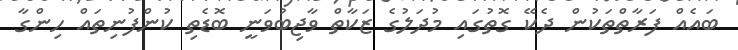
ބައެއް ފަރާތްތަކުން ދެކޭ ގޮތުގައި މުދަލުގެ ޒަކާތް ވާޖިބުވަނީ ބޮޑެތި ކުންފުނިތައް ހިންގާ